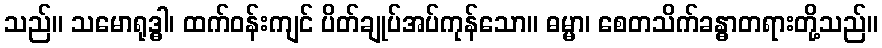
သည်။ သမောရုဒ္ဓါ၊ ထက်ဝန်းကျင် ပိတ်ချုပ်အပ်ကုန်သော။ ဓမ္မာ၊ စေတသိက်ခန္ဓာတရားတို့သည်။